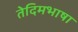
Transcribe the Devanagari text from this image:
तेदिमभाषा